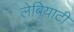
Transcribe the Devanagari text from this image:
लेबियाटी